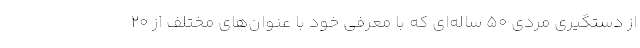
از دستگیری مردی ۵۰ ساله‌ای که با معرفی خود با عنوان‌های مختلف از ۲۰